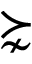
\succnsim